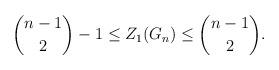
LaTeX: \begin{align*}\binom{n-1}{2}-1 \leq Z_1(G_n) \leq \binom{n-1}{2}.\end{align*}